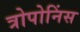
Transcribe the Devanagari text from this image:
त्रोपोनिंस